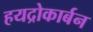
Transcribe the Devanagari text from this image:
हयद्रोकार्बन